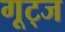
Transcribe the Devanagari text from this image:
गूट्ज